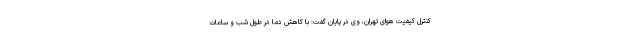
کنترل کیفیت هوای تهران، وی در پایان گفت: با کاهش دما در طول شب و ساعات